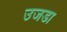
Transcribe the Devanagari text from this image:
उजडा